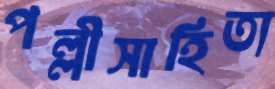
পল্লীসাহিত্য